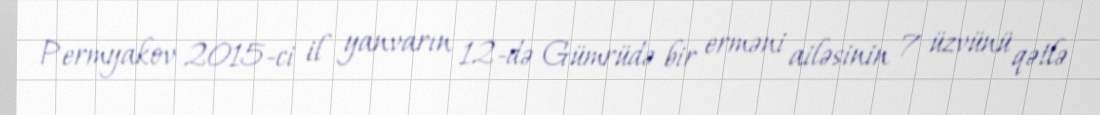
Permyakov 2015-ci il yanvarın 12-də Gümrüdə bir erməni ailəsinin 7 üzvünü qətlə